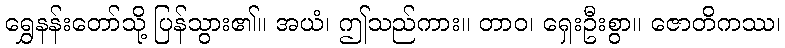
ရွှေနန်းတော်သို့ ပြန်သွား၏။ အယံ၊ ဤသည်ကား။ တာဝ၊ ရှေးဦးစွာ။ ဇောတိကဿ၊